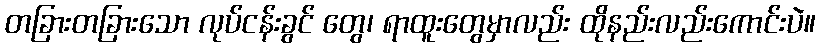
တခြားတခြားသော လုပ်ငန်းခွင် တွေ၊ ရာထူးတွေမှာလည်း ထိုနည်းလည်းကောင်းပဲ။